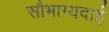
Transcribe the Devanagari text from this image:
सौभाग्यदाई